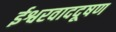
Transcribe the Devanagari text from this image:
ईश्वरवाददूषण